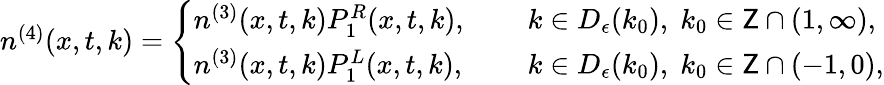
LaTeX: \begin{array}{r}{n^{(4)}(x,t,k)=\left\{ \begin{array}{ll}{n^{(3)}(x,t,k)P_{1}^{R}(x,t,k),\quad\; }&{k\in D_{\epsilon}(k_{0}),\; k_{0}\in\mathsf{Z}\cap(1,\infty),}\\ {n^{(3)}(x,t,k)P_{1}^{L}(x,t,k),\quad}&{k\in D_{\epsilon}(k_{0}),\; k_{0}\in\mathsf{Z}\cap(-1,0),}\end{array}\right.}\end{array}